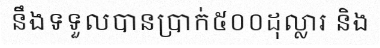
នឹងទទួលបានប្រាក់៥០០ដុល្លារ និង